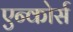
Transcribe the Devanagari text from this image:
एन्कोर्स